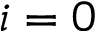
i = 0